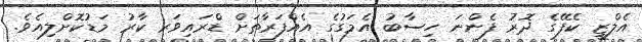
އެލްޒީ ކެފޭގެ ދޮރު ފެންނަ ހިސާބު އެމަގުގެ އެއްފަރާތަށް ޑްރައިވަރ ކާރު މަޑުކޮށްލިއެވެ.